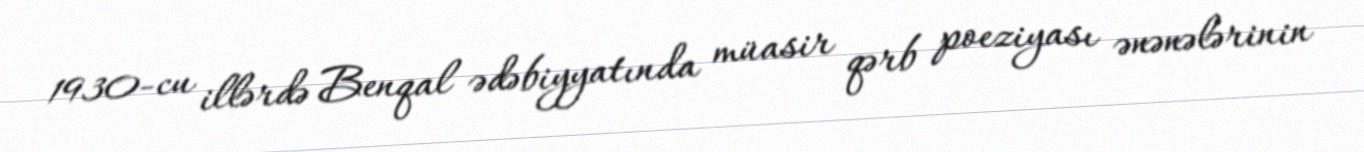
1930-cu illərdə Benqal ədəbiyyatında müasir qərb poeziyası ənənələrinin